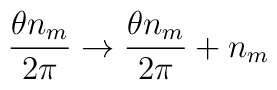
\frac {\theta n_{m}}{2 \pi} \rightarrow \frac {\theta n_{m}}{2 \pi} + n_{m}